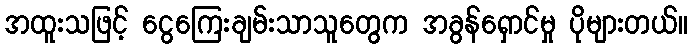
အထူးသဖြင့် ငွေကြေးချမ်းသာသူတွေက အခွန်ရှောင်မှု ပိုများတယ်။